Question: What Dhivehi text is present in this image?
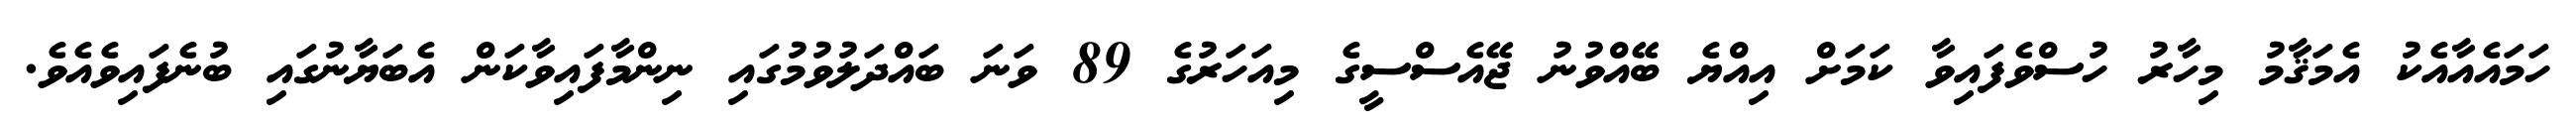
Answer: ހަމައެއާއެކު އެމަޤާމު މިހާރު ހުސްވެފައިވާ ކަމަށް އިއްޔެ ބޭއްވުނު ޖޭއެސްސީގެ މިއަހަރުގެ 89 ވަނަ ބައްދަލުވުމުގައި ނިންމާފައިވާކަން އެބަޔާނުގައި ބުނެފައިވެއެވެ.